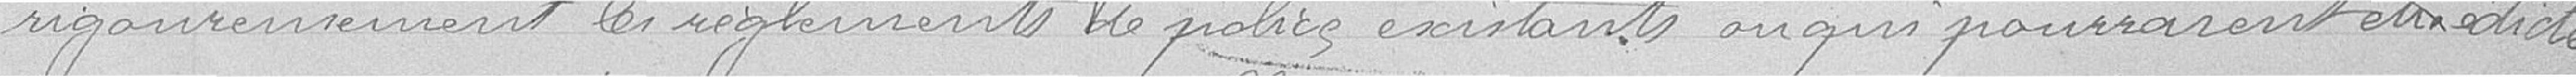
rigoureusement les règlements de police existants ou qui pourraient être édictés